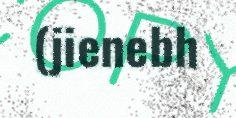
(jienebh